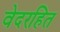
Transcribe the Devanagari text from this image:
वेदरहित